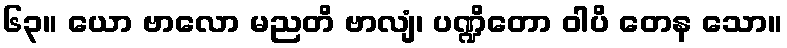
၆၃။ ယော ဗာလော မညတိ ဗာလျံ၊ ပဏ္ဍိတော ဝါပိ တေန သော။